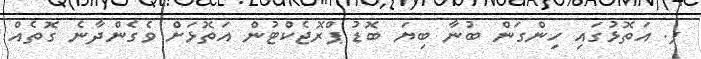
ފ. އަތޮޅުގައި ހިންގަން ބުނާ ބިޔަ ބޮޑު ޕްރޮޖެކްޓުން އަތޮޅަށް ވެގެންދާނެ ގޮތެއް